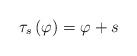
LaTeX: \begin{align*}\tau_s\left( \varphi\right) = \varphi + s\end{align*}